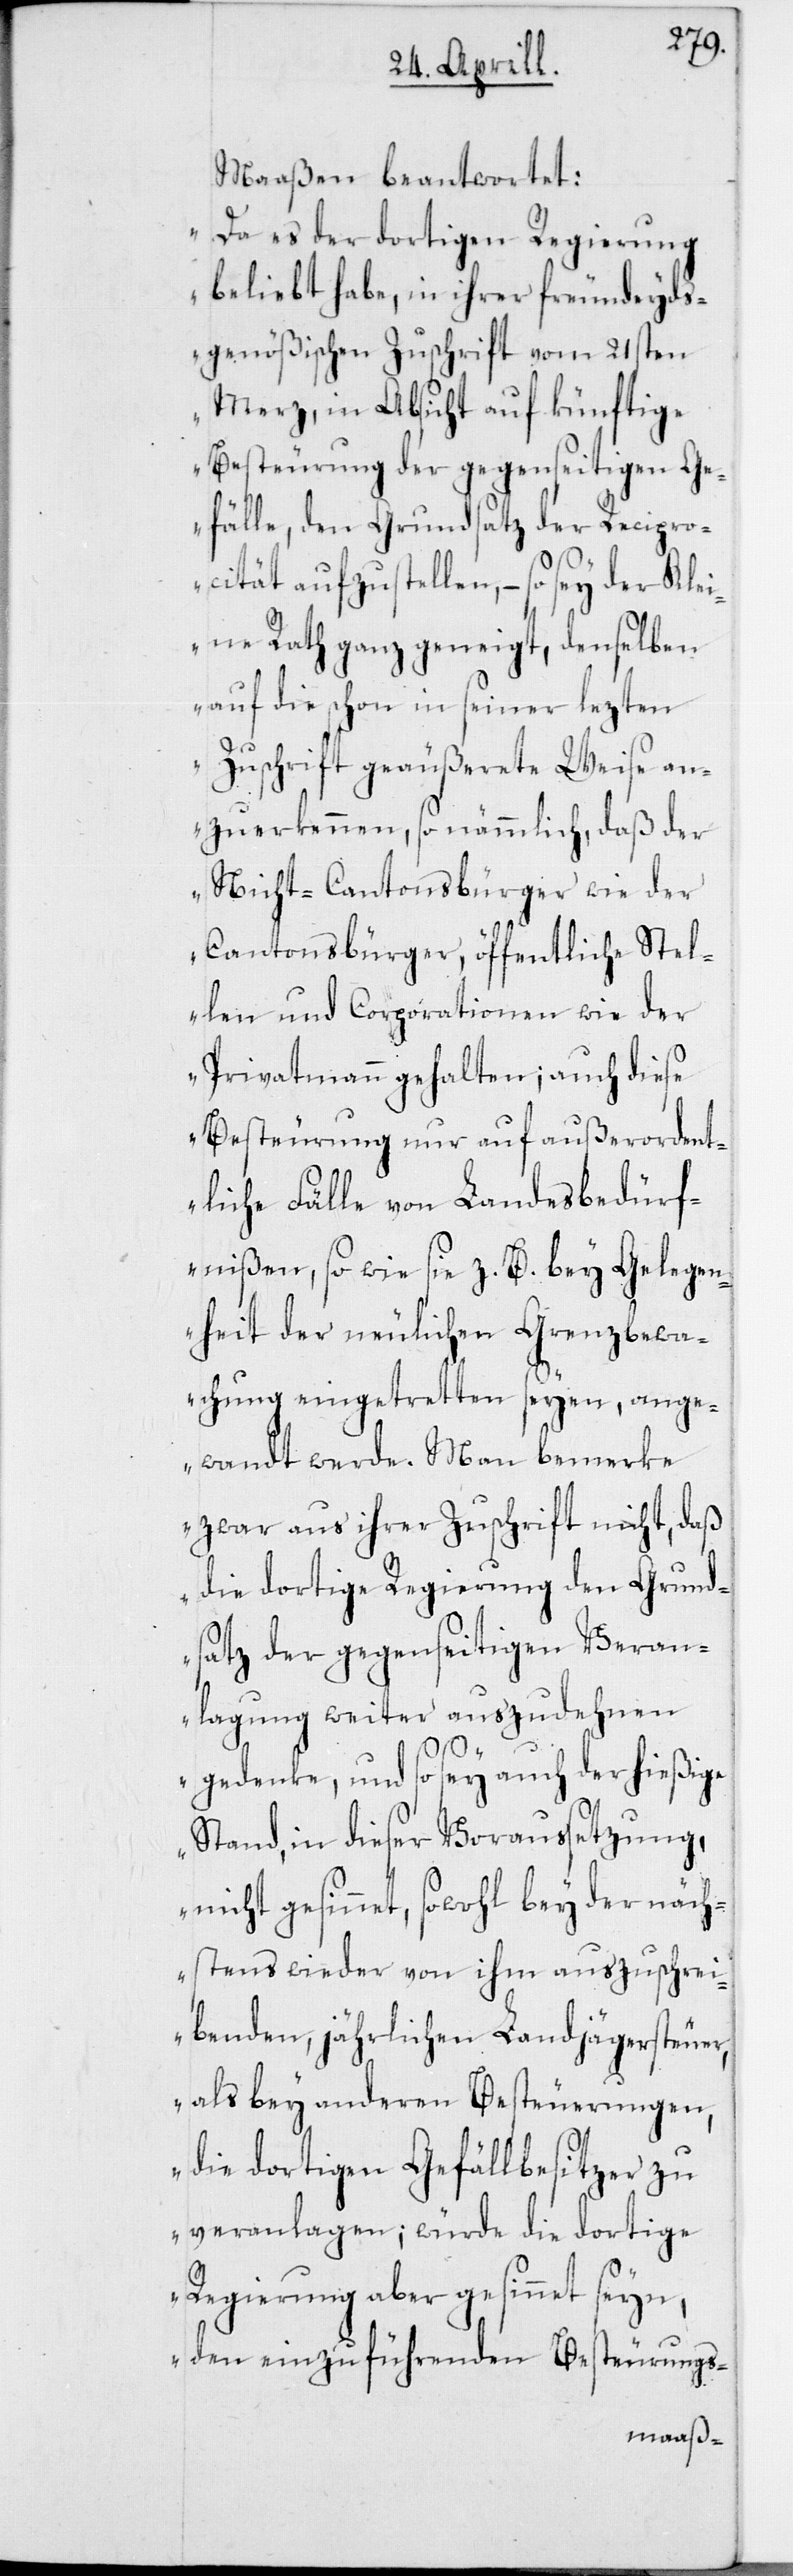
Maaßen beantwortet:
„Da es der dortigen Regierung
beliebt habe, in ihrer freundeyds¬
genößischen Zuschrift vom 21sten
Merz, in Absicht auf künftige
Besteurung der gegenseitigen Ge¬
fälle, den Grundsatz der Recipro¬
cität aufzustellen, – so sey der Klei¬
ne Rath ganz geneigt, denselben
auf die schon in seiner lezten
Zuschrift geäußerete Weise an¬
zuerkennen, so nämmlich, daß der
Nicht-Cantonsbürger wie der
Cantonsbürger, öffentliche Stel¬
len und Corporationen wie der
Privatmann gehalten; auch diese
Besteurung nur auf außerordent¬
liche Fälle von Landesbedürf¬
nißen, sowie sie z. B. bey Gelegen¬
heit der neulichen Grenzbewa¬
chung eingetretten seyen, ange¬
wandt werde. Man bemerke
zwar aus ihrer Zuschrift nicht, daß
die dortige Regierung den Grund¬
satz der gegenseitigen Veran¬
lagung weiter auszudehnen
gedenke, und so sey auch der hießige
Stand, in dieser Voraussetzung,
nicht gesinnet, sowohl bey der näch¬
stens wieder von ihm auszuschrei¬
benden, jährlichen Landjägersteuer,
als bey anderen Besteuerungen
die dortige Gefällbesitzer zu
veranlagen; würde die dortige
Regierung aber gesinnet seyn,
den einzuführenden Besteurungs-